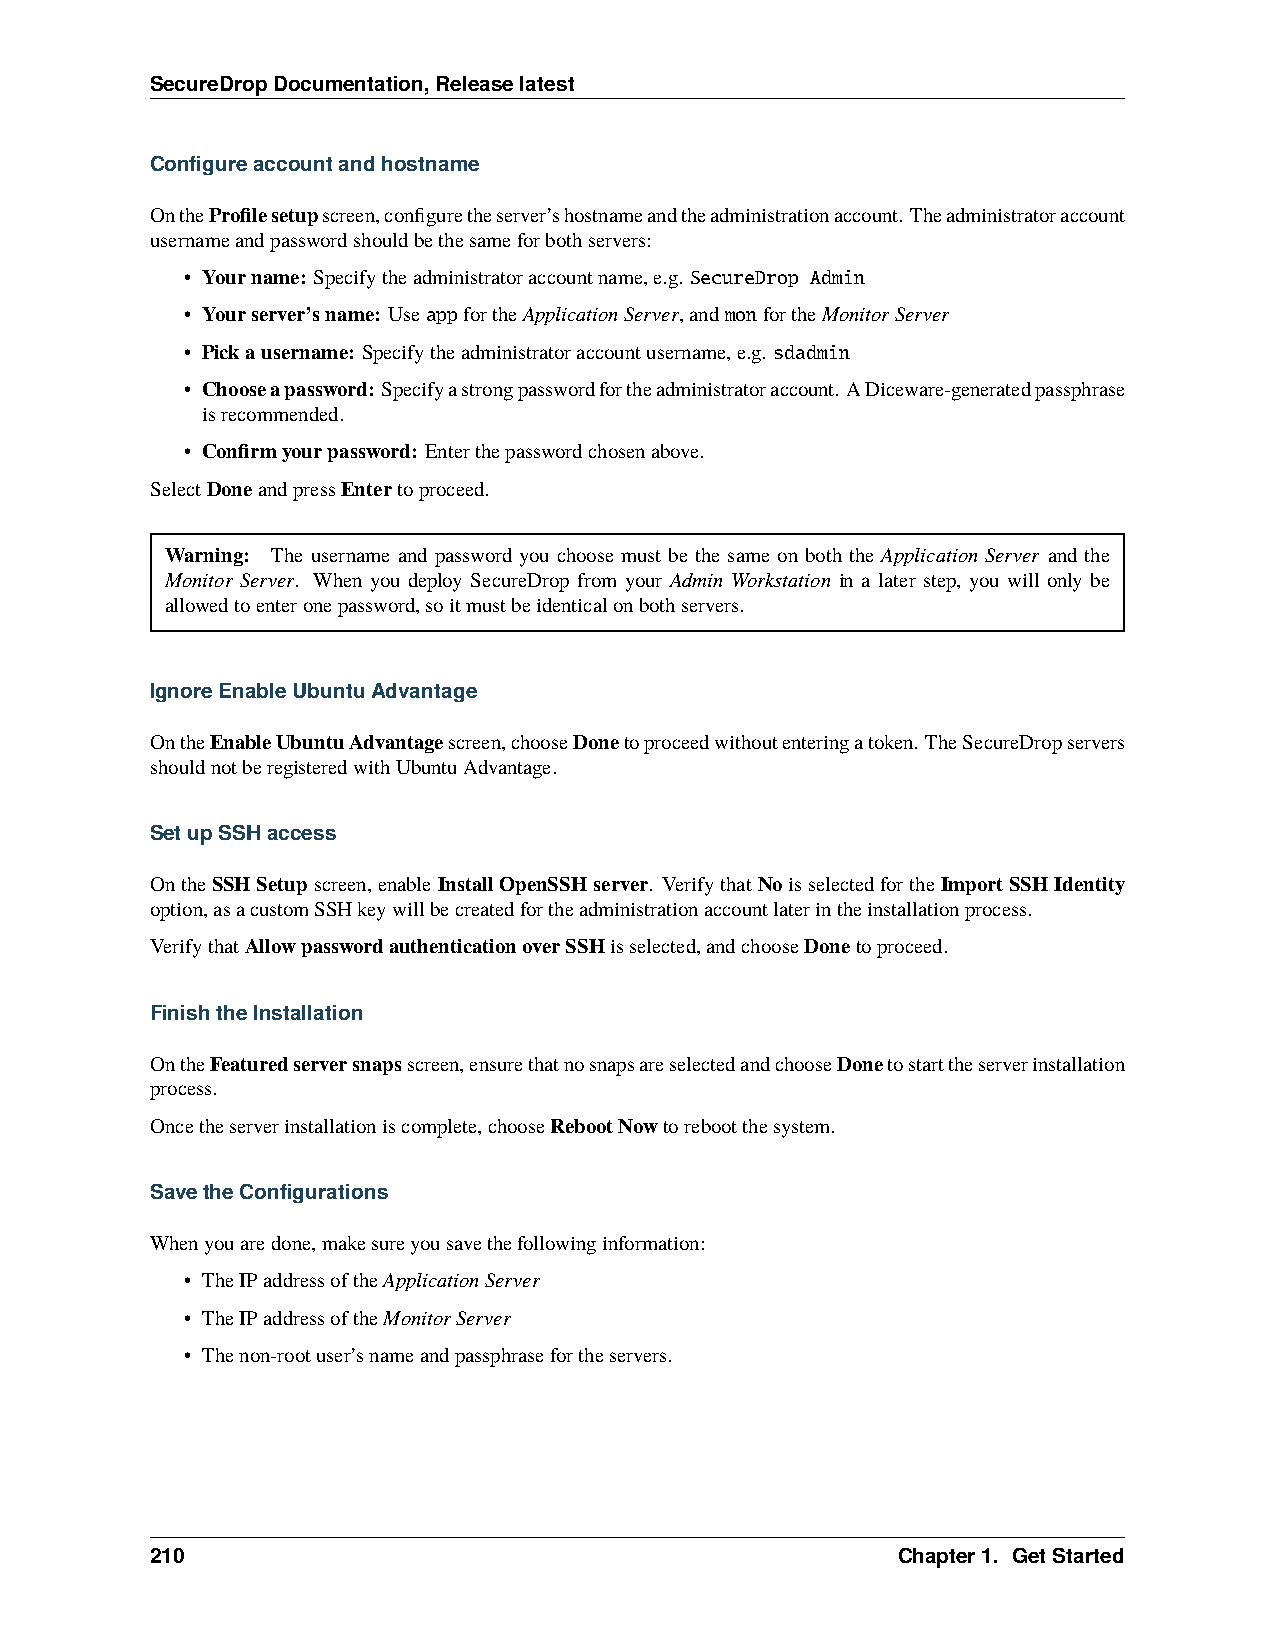
SecureDropDocumentation,Releaselatest
 Configureaccountandhostname
 OntheProfilesetupscreen,configuretheserver’shostnameandtheadministrationaccount. Theadministratoraccount
 usernameandpasswordshouldbethesameforbothservers:
 • Yourname: Specifytheadministratoraccountname,e.g. SecureDrop Admin
 • Yourserver’sname: UseappfortheApplicationServer,andmonfortheMonitorServer
 • Pickausername: Specifytheadministratoraccountusername,e.g. sdadmin
 • Chooseapassword: Specifyastrongpasswordfortheadministratoraccount. ADiceware-generatedpassphrase
 isrecommended.
 • Confirmyourpassword: Enterthepasswordchosenabove.
 SelectDoneandpressEntertoproceed.
 Warning: The username and password you choose must be the same on both the Application Server and the
 Monitor Server. When you deploy SecureDrop from your Admin Workstation in a later step, you will only be
 allowedtoenteronepassword,soitmustbeidenticalonbothservers.
 IgnoreEnableUbuntuAdvantage
 OntheEnableUbuntuAdvantagescreen,chooseDonetoproceedwithoutenteringatoken. TheSecureDropservers
 shouldnotberegisteredwithUbuntuAdvantage.
 SetupSSHaccess
 OntheSSHSetupscreen,enableInstallOpenSSHserver. Verifythat NoisselectedfortheImportSSHIdentity
 option,asacustomSSHkeywillbecreatedfortheadministrationaccountlaterintheinstallationprocess.
 VerifythatAllowpasswordauthenticationoverSSHisselected,andchooseDonetoproceed.
 FinishtheInstallation
 OntheFeaturedserversnapsscreen,ensurethatnosnapsareselectedandchooseDonetostarttheserverinstallation
 process.
 Oncetheserverinstallationiscomplete,chooseRebootNowtorebootthesystem.
 SavetheConfigurations
 Whenyouaredone,makesureyousavethefollowinginformation:
 • TheIPaddressoftheApplicationServer
 • TheIPaddressoftheMonitorServer
 • Thenon-rootuser’snameandpassphrasefortheservers.
 210                                              Chapter1. GetStarted